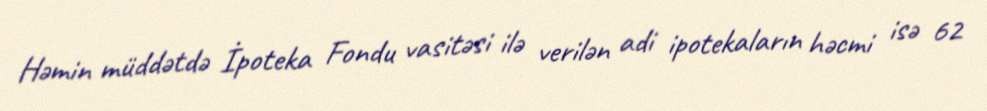
Həmin müddətdə İpoteka Fondu vasitəsi ilə verilən adi ipotekaların həcmi isə 62